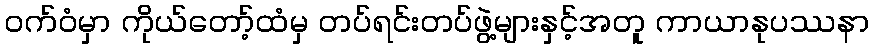
ဝက်ဝံမှာ ကိုယ်တော့်ထံမှ တပ်ရင်းတပ်ဖွဲ့များနှင့်အတူ ကာယာနုပဿနာ